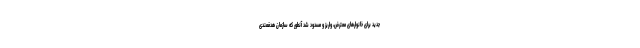
جدید برای خانوارهای معترض، واریز و مسدود شد آنطور که سازمان هدفمندی